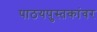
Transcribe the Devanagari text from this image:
पाठयपुस्तकांवर